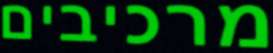
מרכיבים